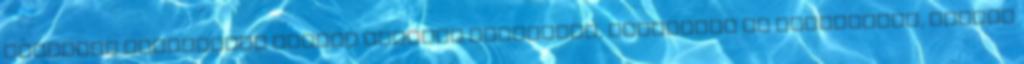
Ágostont megragadta Ambrus szónoki tehetsége, fellépése és műveltsége, később